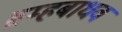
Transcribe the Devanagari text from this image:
ब्रम्हबाधव